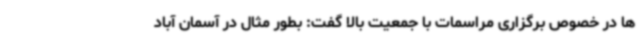
ها در خصوص برگزاری مراسمات با جمعیت بالا گفت: بطور مثال در آسمان آباد